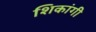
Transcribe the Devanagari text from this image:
शिकांगी